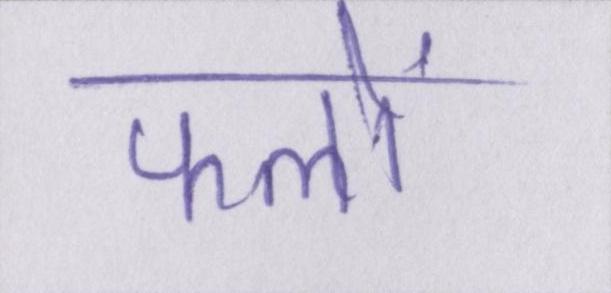
फलों